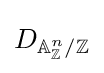
D_{\mathbb {A} _{\mathbb {Z} }^{n}/\mathbb {Z} }